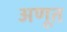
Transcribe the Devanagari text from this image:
अणूत